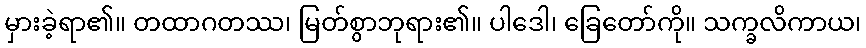
မှားခဲ့ရာ၏။ တထာဂတဿ၊ မြတ်စွာဘုရား၏။ ပါဒေါ၊ ခြေတော်ကို။ သက္ခလိကာယ၊